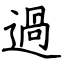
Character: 過